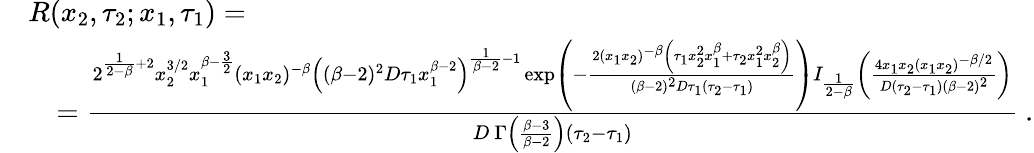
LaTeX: \begin{array}{rl}&{R(x_{2},\tau_{2};x_{1},\tau_{1})=}\\ &{\quad=\frac{2^{\frac{1}{2-\beta}+2}x_{2}^{3/2}x_{1}^{\beta-\frac{3}{2}}(x_{1}x_{2})^{-\beta}\left((\beta-2)^{2}D\tau_{1}x_{1}^{\beta-2}\right)^{\frac{1}{\beta-2}-1}\exp\left(-\frac{2(x_{1}x_{2})^{-\beta}\left(\tau_{1}x_{2}^{2}x_{1}^{\beta}+\tau_{2}x_{1}^{2}x_{2}^{\beta}\right)}{(\beta-2)^{2}D\tau_{1}(\tau_{2}-\tau_{1})}\right)I_{\frac{1}{2-\beta}}\left(\frac{4x_{1}x_{2}(x_{1}x_{2})^{-\beta/2}}{D(\tau_{2}-\tau_{1})(\beta-2)^{2}}\right)}{D\ \Gamma\left(\frac{\beta-3}{\beta-2}\right)(\tau_{2}-\tau_{1})}\ .}\end{array}